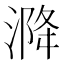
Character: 𰜡